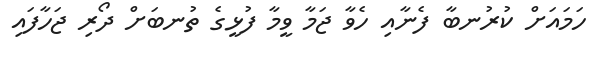
ހަމައަށް ކުރުނބާ ފެނާއި ހެވާ ޖަމާ ވީމާ ފުޅީގެ ތުނބަށް ދޯރި ޖަހާފައި